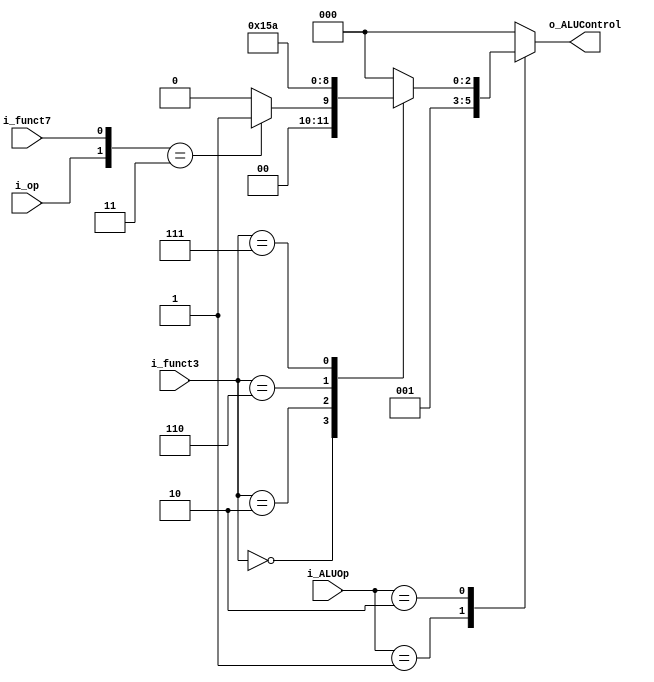
module alu_decoder (
	input    wire	[1:0]	i_ALUOp	     ,
	input    wire			i_op	     ,
	input    wire	[2:0]	i_funct3     ,
	input    wire			i_funct7     ,
	output   reg	[2:0]	o_ALUControl 
	);

always @(*) 
	begin
		case (i_ALUOp)
		2'b00:
			begin
				o_ALUControl = 3'b000 ; //lw,sw
			end
		2'b01:
			begin
				o_ALUControl = 3'b001 ; //beq
			end
		2'b10:
			begin
				case (i_funct3)
				3'b000:
					begin
						if ({i_op , i_funct7} == 2'b11)
							begin
								o_ALUControl = 3'b001 ; //sub
							end
						else 
							begin
								o_ALUControl = 3'b000 ; //add
							end
					end
				3'b010:
					begin
						o_ALUControl = 3'b101 ; //slt
					end
				3'b110:
					begin
						o_ALUControl = 3'b011 ; //or
					end
				3'b111:
					begin
						o_ALUControl = 3'b010 ; //and
					end
				default:
					begin
						o_ALUControl = 3'b000 ;
					end
				endcase
			end
		default:
			begin
				o_ALUControl = 3'b000 ;
			end
		endcase
	end
endmodule